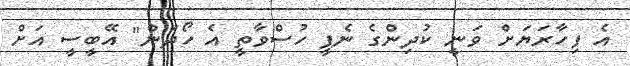
އެ ފިހާރަޔަށް ވަނީ ކުދިންގެ ނެޕީ ހުސްވާތީ އެ ހޯދަން" އޭބީސީ އަށް